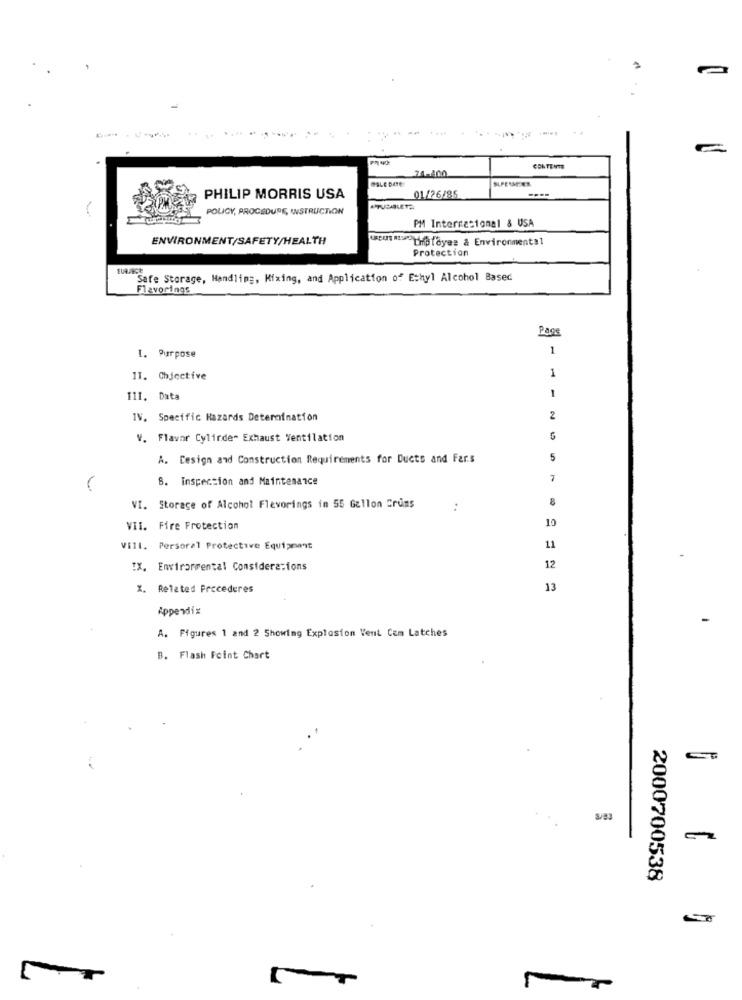
CONTENTS
74-400
SUPERMEER
01/26/85
PHILIP MORRIS USA
POLICY, PROCEDURE, INSTRUCTION
#TUCABLETH
PM Internacional & USA
ENVIRONMENT/SAFETY/HEALTH
wibrayes & Environmental
Protection
Safe Storage, Handling, Mixing, and Application of Ethyl Alcohol Based
Flavorings
Page
1
1. Purpose
1
11. Chjective
1
III. Data
IV. Specific Hazards Determination
2
V. Flavar Cylinder Exhaust Ventilation
A. Design and Construction Requirements for Ducts and Far.s
5
B. Inspection and Maintenance
7
8
VI. Storage of Alcohol Flevorings in 55 Gallon Crums
..
10
VII. Fire Protection
Vill. Persoral Protective Equipment
11
IX. Environmental Considerations
12
X. Related Frecederes
13
Appendix
A. Figures 1 and 2 Showing Explosion Vent Com Latches
B. Flash Foint Chart
2000700538